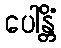
ပေါန္တိံ